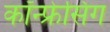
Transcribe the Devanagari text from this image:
कॉन्फ्रेसिंग